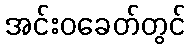
အင်းဝခေတ်တွင်